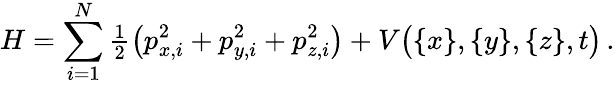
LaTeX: H=\sum_{i=1}^{N}{\textstyle\frac{1}{2}}\big(p_{x,i}^{2}+p_{y,i}^{2}+p_{z,i}^{2}\big)+V\big(\{ x\} ,\{ y\} ,\{ z\} ,t\big)\, .